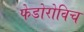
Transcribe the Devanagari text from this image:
फेडोरोविच